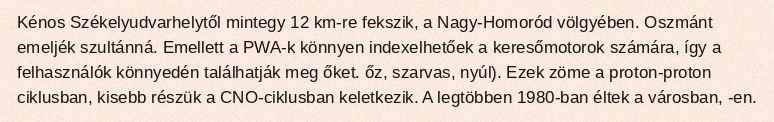
Kénos Székelyudvarhelytől mintegy 12 km-re fekszik, a Nagy-Homoród völgyében. Oszmánt emeljék szultánná. Emellett a PWA-k könnyen indexelhetőek a keresőmotorok számára, így a felhasználók könnyedén találhatják meg őket. őz, szarvas, nyúl). Ezek zöme a proton-proton ciklusban, kisebb részük a CNO-ciklusban keletkezik. A legtöbben 1980-ban éltek a városban, -en.